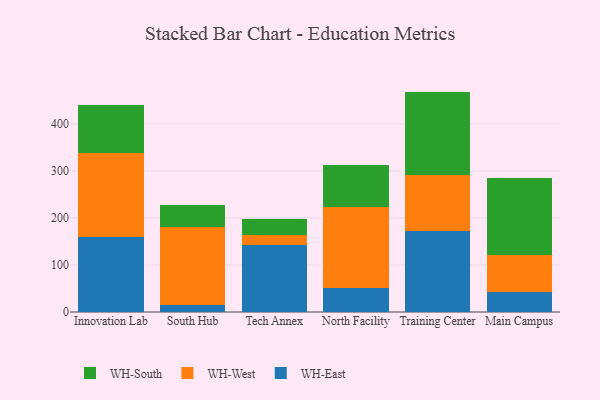
{"axis": {"x": "Campus", "y": "Net Income (USD K)"}, "legend": ["WH-East", "WH-South", "WH-West"], "data": [{"x": "Innovation Lab", "y": 160.5, "type": "WH-East"}, {"x": "Innovation Lab", "y": 176.7, "type": "WH-West"}, {"x": "Innovation Lab", "y": 102.7, "type": "WH-South"}, {"x": "South Hub", "y": 14.6, "type": "WH-East"}, {"x": "South Hub", "y": 165.9, "type": "WH-West"}, {"x": "South Hub", "y": 47.0, "type": "WH-South"}, {"x": "Tech Annex", "y": 141.4, "type": "WH-East"}, {"x": "Tech Annex", "y": 22.3, "type": "WH-West"}, {"x": "Tech Annex", "y": 34.5, "type": "WH-South"}, {"x": "North Facility", "y": 51.3, "type": "WH-East"}, {"x": "North Facility", "y": 171.6, "type": "WH-West"}, {"x": "North Facility", "y": 89.9, "type": "WH-South"}, {"x": "Training Center", "y": 173.0, "type": "WH-East"}, {"x": "Training Center", "y": 119.0, "type": "WH-West"}, {"x": "Training Center", "y": 176.6, "type": "WH-South"}, {"x": "Main Campus", "y": 42.0, "type": "WH-East"}, {"x": "Main Campus", "y": 78.6, "type": "WH-West"}, {"x": "Main Campus", "y": 164.2, "type": "WH-South"}]}